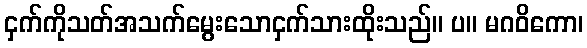
ငှက်ကိုသတ်အသက်မွေးသောငှက်သားထိုးသည်။ ပ။ မဂဝိကော၊